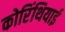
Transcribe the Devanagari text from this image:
कोरिंथियाई